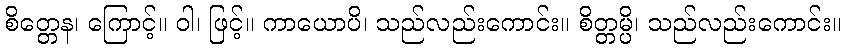
စိတ္တေန၊ ကြောင့်။ ဝါ၊ ဖြင့်။ ကာယောပိ၊ သည်လည်းကောင်း။ စိတ္တမ္ပိ၊ သည်လည်းကောင်း။